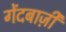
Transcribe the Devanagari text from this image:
गेंदबाज़़ी